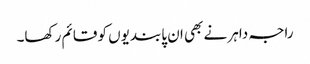
راجہ داہر نے بھی ان پابندیوں کو قائم رکھا۔